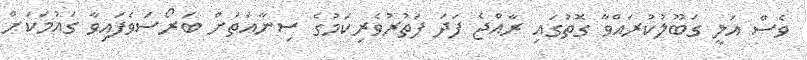
ވެސް އަލީ ގަބޫލުކުރައްވާ ގޮތުގައި ރާއްޖެ ފަދަ ފަތުރުވެެރިކަމުގެ ސިނާއަތަށް ބަރޯސަވެފައިވާ ގައުމަކަށް